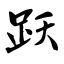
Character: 跃